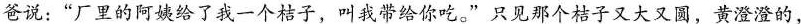
爸说：”厂里的阿姨给了我一个桔子，叫我带给你吃。”只见那个桔子又大又圆，黄澄澄的，